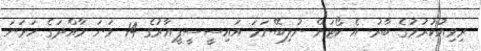
ރިވިއުކުރުމުގެ ބާރު އެ ކޯޓަށް ނުލިބޭނަމަ އައިސީސީޕީއާރުގެ 14 ވަނަ މާއްދަގެ ހަވަނަ